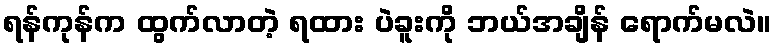
ရန်ကုန်က ထွက်လာတဲ့ ရထား ပဲခူးကို ဘယ်အချိန် ရောက်မလဲ။